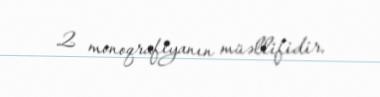
2 monoqrafiyanın müəllifidir.